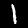
Digit: 1